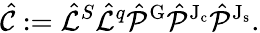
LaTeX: \hat{\mathcal{C}}:=\hat{\mathcal{L}}^{S}\hat{\mathcal{L}}^{q}\hat{\mathcal{P}}^{\mathrm{G}}\hat{\mathcal{P}}^{\mathrm{J_{c}}}\hat{\mathcal{P}}^{\mathrm{J_{s}}}.